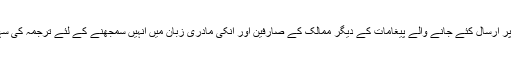
صارفین کے روزآنہ فیس بک پر ارسال کئے جانے والے پیغامات کے دیگر ممالک کے صارفین اور انکی مادری زبان میں انہیں سمجھنے کے لئے ترجمہ کی سہولت بھی فراہم کردی گئی ہے۔